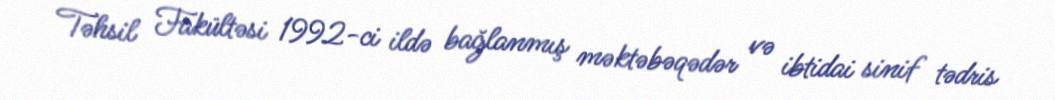
Təhsil Fakültəsi 1992-ci ildə bağlanmış məktəbəqədər və ibtidai sinif tədris